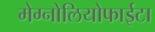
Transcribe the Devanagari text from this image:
मेग्नोलियोफाईटा